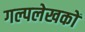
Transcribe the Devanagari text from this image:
गल्पलेखकों